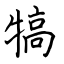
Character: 犒